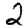
Digit: 2